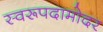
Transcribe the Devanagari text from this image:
स्वरूपदामोदर